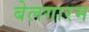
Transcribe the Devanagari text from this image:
बेलगारम